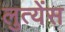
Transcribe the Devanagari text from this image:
लुत्येंस